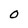
Character: 0